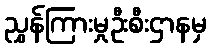
ညွှန်ကြားမှုဦးစီးဌာနမှ